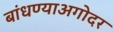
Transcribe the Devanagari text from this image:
बांधण्याअगोदर